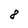
Character: 8